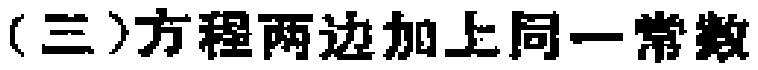
（三）方程两边加上同一常数